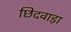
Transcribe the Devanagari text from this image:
छिदवाड़ा